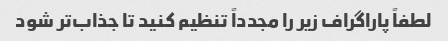
لطفاً پاراگراف زیر را مجدداً تنظیم کنید تا جذاب‌تر شود